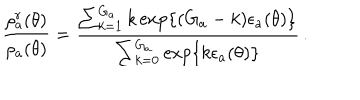
\frac { \rho _ { a } ^ { r } ( \theta ) } { \rho _ { a } ( \theta ) } = \frac { \sum _ { k = 1 } ^ { G _ { a } } k \exp \{ ( G _ { a } - k ) \epsilon _ { a } ( \theta ) \} } { \sum _ { k = 0 } ^ { G _ { a } } \exp \{ k \epsilon _ { a } ( \theta ) \} } \, .